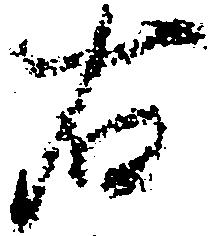
右